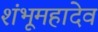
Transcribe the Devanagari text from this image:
शंभूमहादेव